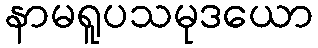
နာမရူပသမုဒယော